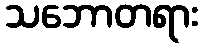
သဘောတရား